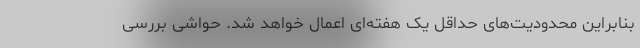
بنابراین محدودیت‌های حداقل یک هفته‌ای اعمال خواهد شد. حواشی بررسی